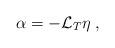
LaTeX: \begin{align*} \alpha=-\mathcal{L}_T\eta\; , \end{align*}